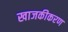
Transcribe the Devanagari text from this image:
खाजकीकरण